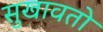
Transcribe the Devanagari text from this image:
सुखावतो